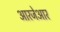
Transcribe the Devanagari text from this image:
आरजेआर